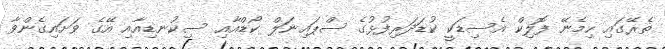
ތެރޭގައި ހިމެނޭ ފޮލިކް އެސިޑަކީ ކުޑަދަރިފުޅުގެ ސްޕައިނަލް ކޯޑްއާއި ސިކުނޑިއާއި އޭގެ ވަށައިގެންވާ